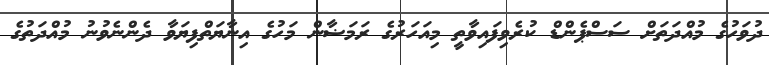
ދުވަހުގެ މުއްދަތަށް ސަސްޕެންޑް ކުރެވިފައިވާތީ މިއަހަރުގެ ރަމަޟާން މަހުގެ އިނާޔަތްފިޔަވާ ދެންނެވުނު މުއްދަތުގެ